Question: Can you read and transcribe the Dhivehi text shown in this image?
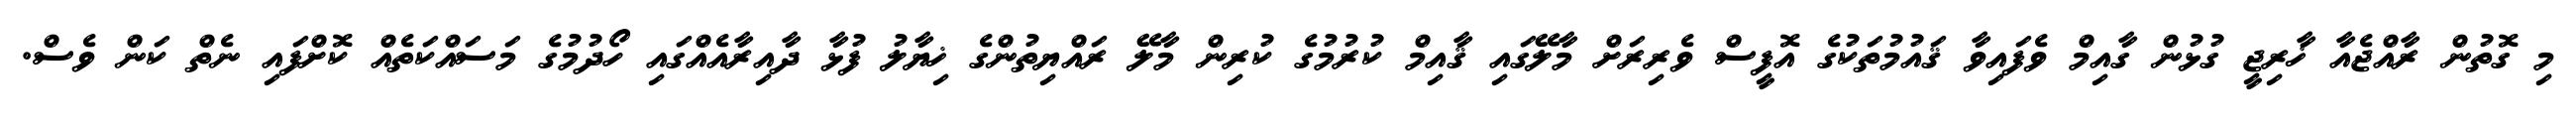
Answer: މި ގޮތުން ރާއްޖެއާ ޚާރިޖީ ގުޅުން ގާއިމް ވެފައިވާ ޤައުމުތަކުގެ އޮފީސް ވެރިރަށް މާލޭގައި ޤާއިމް ކުރުމުގެ ކުރިން މާލޭ ރައްޔިތުންގެ ޚިޔާލު ފުޅާ ދާއިރާއެއްގައި ހޯދުމުގެ މަސައްކަތެއް ކޮށްފައި ނެތް ކަން ވެސް.